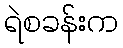
ရဲစခန်းက